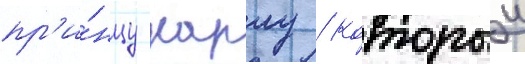
пр'и́нцу карлу / которыи